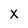
Character: X